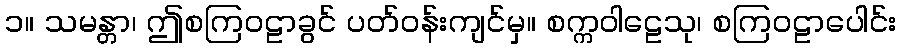
၁။ သမန္တာ၊ ဤစကြဝဠာခွင် ပတ်ဝန်းကျင်မှ။ စက္ကဝါဠေသု၊ စကြဝဠာပေါင်း